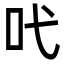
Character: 𠯅